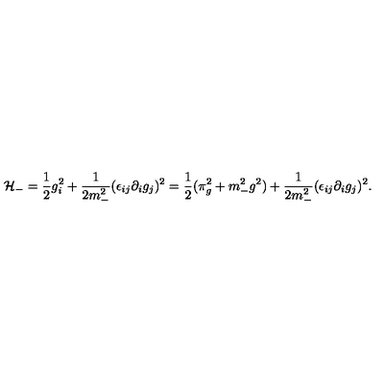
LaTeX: { \cal H } _ { - } = { \frac { 1 } { 2 } } g _ { i } ^ { 2 } + { \frac { 1 } { 2 m _ { - } ^ { 2 } } } ( \epsilon _ { i j } \partial _ { i } g _ { j } ) ^ { 2 } = { \frac { 1 } { 2 } } ( \pi _ { g } ^ { 2 } + m _ { - } ^ { 2 } g ^ { 2 } ) + { \frac { 1 } { 2 m _ { - } ^ { 2 } } } ( \epsilon _ { i j } \partial _ { i } g _ { j } ) ^ { 2 } .